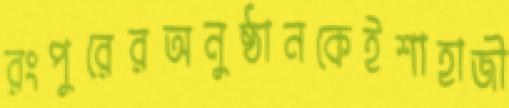
রংপুরেরঅনুষ্ঠানকেইশাহাজী